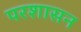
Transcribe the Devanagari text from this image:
परशासन